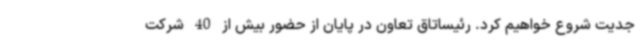
جدیت شروع خواهیم کرد. رئیساتاق تعاون در پایان از حضور بیش از 40 شرکت